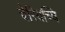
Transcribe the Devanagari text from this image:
चेरियच्चि